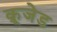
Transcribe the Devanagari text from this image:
क्रूजेड